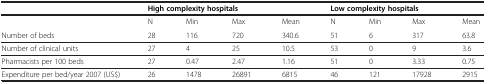
<table><thead><tr><td><b> </b></td><td colspan="4"><b>High complexity hospitals</b></td><td colspan="4"><b>Low complexity hospitals</b></td></tr></thead><tbody><tr><td> </td><td>N</td><td>Min</td><td>Max</td><td>Mean</td><td>N</td><td>Min</td><td>Max</td><td>Mean</td></tr><tr><td>Number of beds</td><td>28</td><td>116</td><td>720</td><td>340.6</td><td>51</td><td>6</td><td>317</td><td>63.8</td></tr><tr><td>Number of clinical units</td><td>27</td><td>4</td><td>25</td><td>10.5</td><td>53</td><td>0</td><td>9</td><td>3.6</td></tr><tr><td>Pharmacists per 100 beds</td><td>27</td><td>0.47</td><td>2.47</td><td>1.16</td><td>51</td><td>0</td><td>3.33</td><td>0.75</td></tr><tr><td>Expenditure per bed/year 2007 (US$)</td><td>26</td><td>1478</td><td>26891</td><td>6815</td><td>46</td><td>121</td><td>17928</td><td>2915</td></tr></tbody></table>